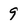
Character: 9